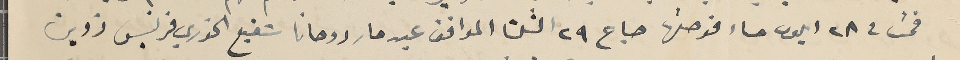
قمت فى ٢٨ ايلول مساء فوصلتها صباح ٢٩ الثلثا الموافق عيد مار روحانا شفيع الخوري فرنسيس زوين